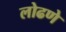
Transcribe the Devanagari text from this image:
लोढणे